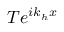
T e ^ { i k _ { h } x }